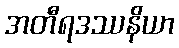
အတီရဒဿနိယာ